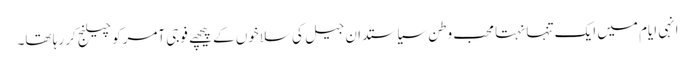
انہی ایام میں ایک تنہا نہتا محب وطن سیاستدان جیل کی سلاخوں کے پیچھے فوجی آمرکو چیلنج کر رہا تھا۔